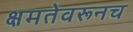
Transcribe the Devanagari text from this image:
क्षमतेवरूनच